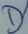
Text: D1